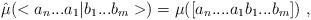
\begin{align*}\hat{\mu}(<a_n...a_1|b_1...b_m>) = \mu([a_n....a_1b_1...b_m]) \ ,\end{align*}